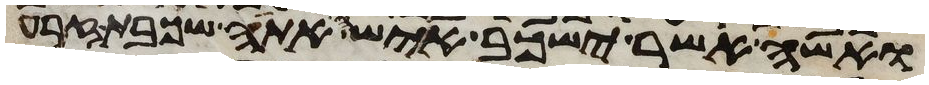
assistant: ואשה אשר ישכב אישה אתה שכבת זרע